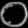
Digit: ၀